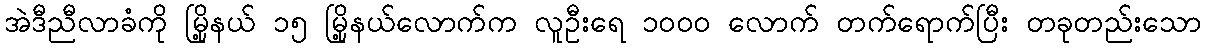
အဲဒီညီလာခံကို မြို့နယ် ၁၅ မြို့နယ်လောက်က လူဦးရေ ၁၀၀၀ လောက် တက်ရောက်ပြီး တခုတည်းသော